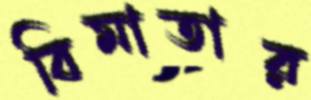
বিমাতার